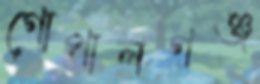
গোপালগঞ্জ